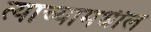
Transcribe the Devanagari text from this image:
त्याच्यामधील